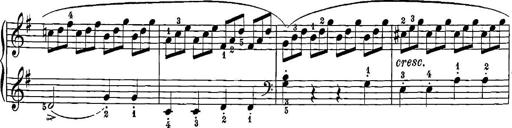
Title: 12 Sonatinas
Composer: Ignaz Pleyel